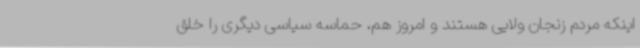
اینکه مردم زنجان ولایی هستند و امروز هم، حماسه سیاسی دیگری را خلق